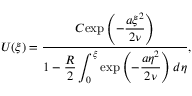
U ( \xi ) = \frac { C \displaystyle { \exp \left( - \frac { a \xi ^ { 2 } } { 2 \nu } \right) } } { 1 - \displaystyle { \frac { R } { 2 } \int _ { 0 } ^ { \xi } } \exp \left( - \frac { a \eta ^ { 2 } } { 2 \nu } \right) d \eta } ,